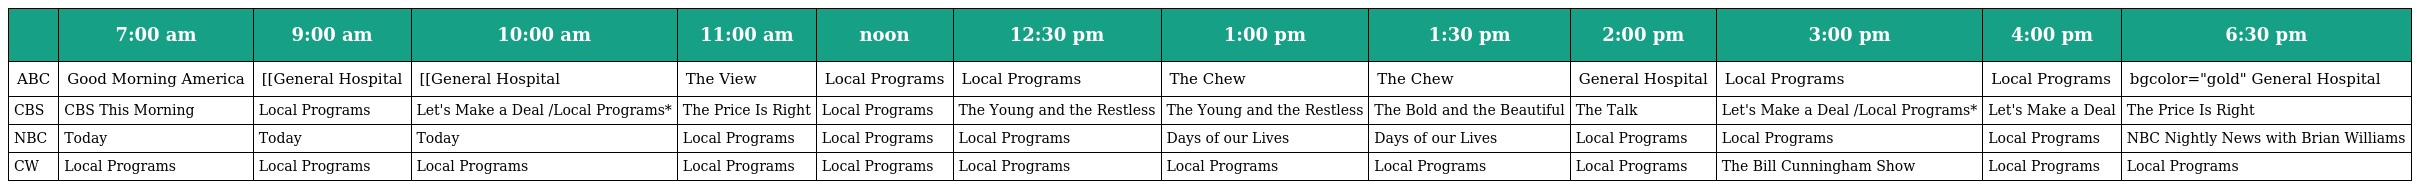
|  | 7:00 am | 9:00 am | 10:00 am | 11:00 am | noon | 12:30 pm | 1:00 pm | 1:30 pm | 2:00 pm | 3:00 pm | 4:00 pm | 6:30 pm |
 | --- | --- | --- | --- | --- | --- | --- | --- | --- | --- | --- | --- | --- |
 | ABC | Good Morning America | [[General Hospital | [[General Hospital | The View | Local Programs | Local Programs | The Chew | The Chew | General Hospital | Local Programs | Local Programs | bgcolor="gold" General Hospital |
 | CBS | CBS This Morning | Local Programs | Let's Make a Deal /Local Programs* | The Price Is Right | Local Programs | The Young and the Restless | The Young and the Restless | The Bold and the Beautiful | The Talk | Let's Make a Deal /Local Programs* | Let's Make a Deal | The Price Is Right |
 | NBC | Today | Today | Today | Local Programs | Local Programs | Local Programs | Days of our Lives | Days of our Lives | Local Programs | Local Programs | Local Programs | NBC Nightly News with Brian Williams |
 | CW | Local Programs | Local Programs | Local Programs | Local Programs | Local Programs | Local Programs | Local Programs | Local Programs | Local Programs | The Bill Cunningham Show | Local Programs | Local Programs |